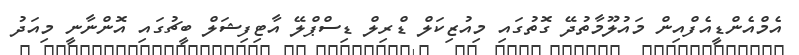
އެމްއެންޑީއެފްއިން މައުލޫމާތުދޭ ގޮތުގައި މިއުޒިކަލް ޑްރިލް ޑިސްޕްލޭ އާޓިފިޝަލް ބީޗުގައި އޮންނާނީ މިއަދު